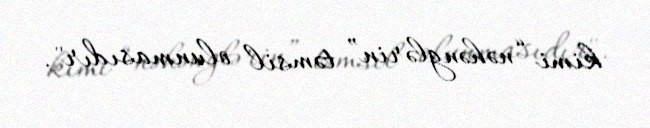
kimi “nəhənglərin” təmsil olunmasıdır".